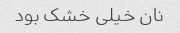
نان خیلی خشک بود